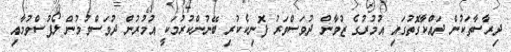
ދިރާސާތަކުން ދައްކާގޮތުގައި އުމުރުގެ ޒުވާން ދުވަސްވަރު ފޮނިކެކުރި ބޭނުންކުރުމަކީ އުމުރުން ދުވަސްވުމުން ލޯފުސްވުމާއި